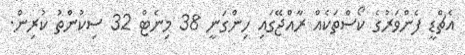
އެޗްޑީ ފެންވަރުގެ ކޯސްތަކެއް ރާއްޖޭގައި ހިންގަނީ 38 މިނެޓް 32 ސިކުންތު ކުރިން.